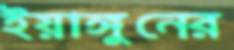
ইয়াঙ্গুনের